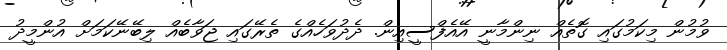
ވުމުން މިކަމުގައި ގޮތެއް ނިންމާނީ އޭއެފްސީއިން. ދެދުވަހެއްގެ ތެރޭގައި ޖަވާބެއް ލިބޭނޭކަމަށް އުންމީދު